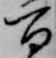
百